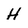
Character: H